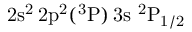
\mathrm { 2 s ^ { 2 } \, 2 p ^ { 2 } ( ^ { 3 } P ) \, 3 s ~ ^ { 2 } P _ { 1 / 2 } }